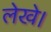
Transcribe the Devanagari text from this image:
लेखे।